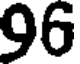
96